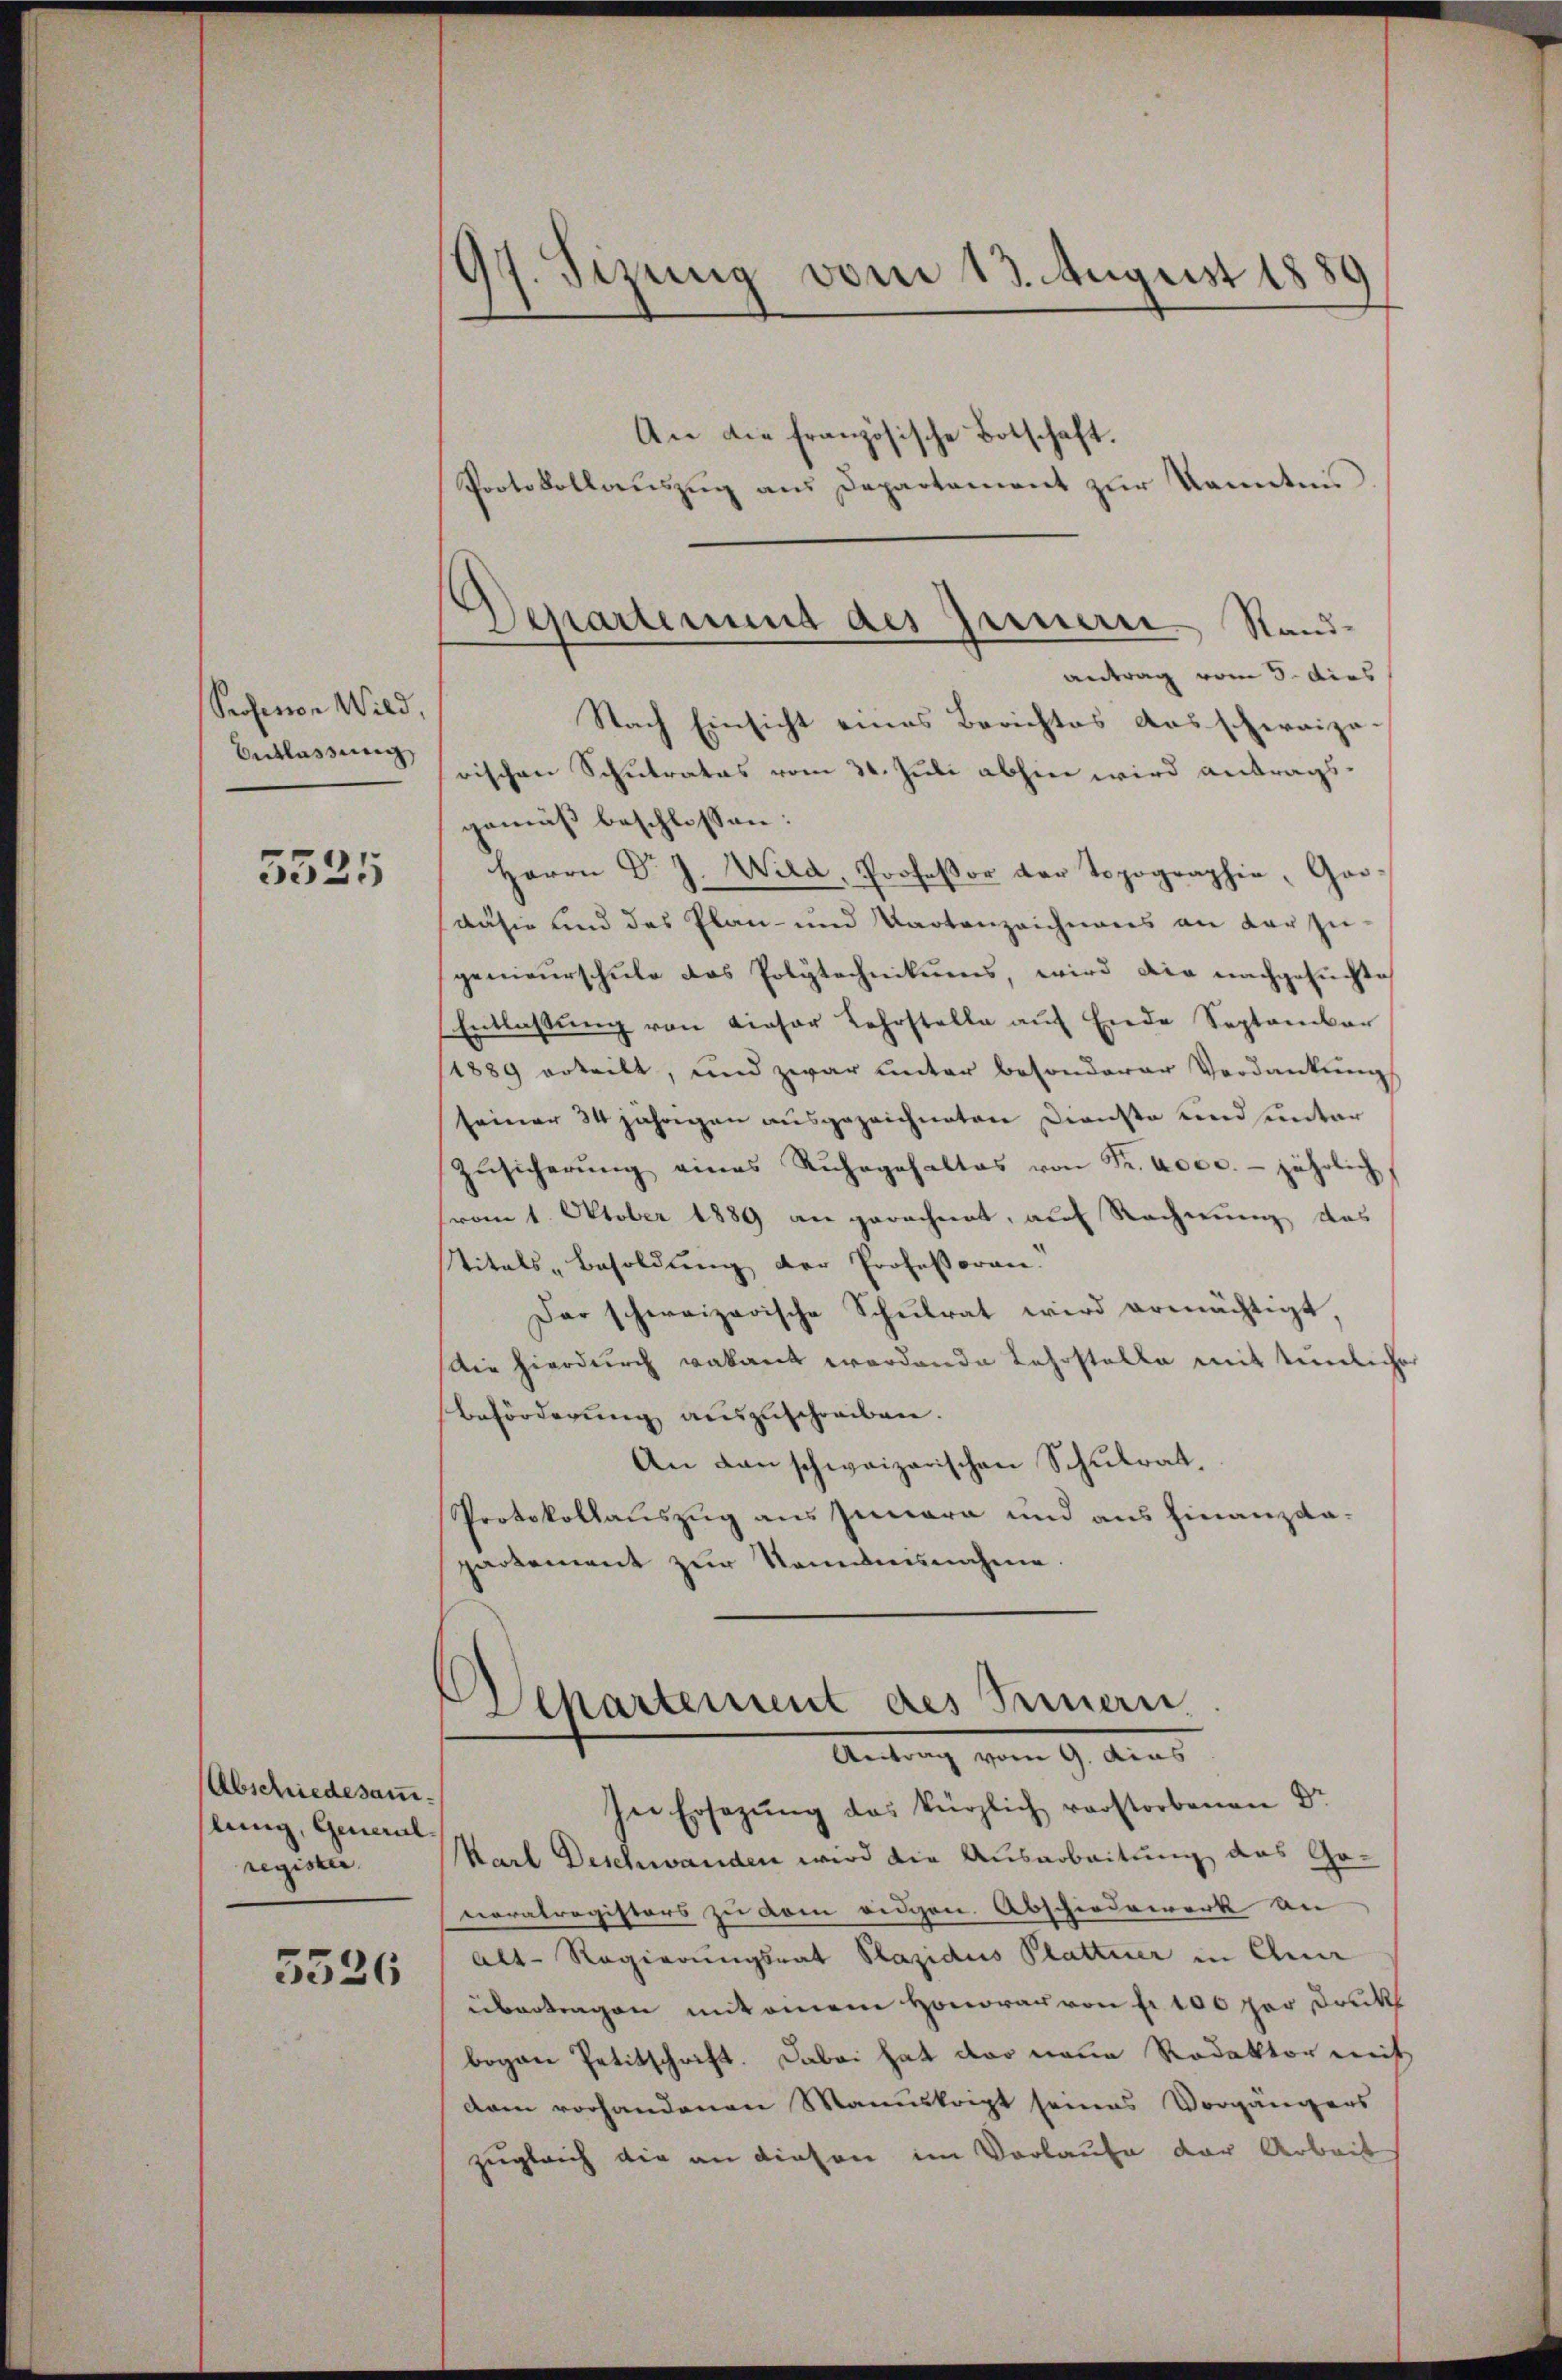
Professor Wild,

5525

Abschiedesamlung, General
register,

5526

97. Sizung vom 13. August 1889
An die französische Botschaft.
Protokollauszug aus Departement zur Kenntnis

Nach Einsicht eines Berichtes ausschwaiza-
Betlassung frischen Schulrates vom 31. Juli abhin wird antragsgemäß beschlossen:
Herrn Dr J. Wild, Professor der Topographie, Gooausie und das Plan- und Kartenzeichnams an darzu-
genieurschule das Polytechnikums, wird die nachgesuchte
Entlassŭng von dieser Lehrstelle aŭf Ende September
1889 erteilt, und zwar unter besonderer Verdankŭng
seiner 34jährigen ausgezeichneten Dienste und unter
Zŭsicherŭng eines Ruhegehaltes von Fr. 4000. jährlich
(vom 1. Oktober 1889 an gerechnet, auf Rechnung des
Titals „Besoldung der Professoren.
Der schweizerische Schulrat wird ermächtigt,
Die hierdurch vakant werdende Lehrstelle mit tümlicher
Beförderung auszuschreiben.
An dan schweizerischen Schulrat,
Protokollauszug aus Iunara und aus Finanzda-
partement zur Kenntnisnahme.

Departemend des Generer Stand-
antrag vom 5. dies

Departement des Innern
Antrag vom 9. Aus

In Ersezung das kürzlich verstorbenen Dr
Karl Deschwanden wird die Ausarbeitung das Genoralregisters zu vom eidigen. Abschiedewerk an
Alt-Regierungsrat Plazidus Plattner in Quer
übertragen mit einem Honorar von fr. 100 per Druck
bogen Petitschrift. Dabei hat der neue Redaktor mit
dam vorhandenen Manuskript seines Vorgängers
zugleich die an diesen im Vorlaufe der Arbeit